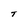
Character: T